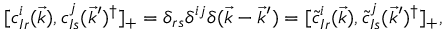
[ c _ { I r } ^ { i } ( \vec { k } ) , c _ { I s } ^ { j } ( \vec { k } ^ { \prime } ) ^ { \dagger } ] _ { + } = \delta _ { r s } \delta ^ { i j } \delta ( \vec { k } - \vec { k } ^ { \prime } ) = [ \tilde { c } _ { I r } ^ { i } ( \vec { k } ) , \tilde { c } _ { I s } ^ { j } ( \vec { k } ^ { \prime } ) ^ { \dagger } ] _ { + } ,